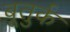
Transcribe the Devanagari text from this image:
बूतुर्क